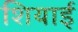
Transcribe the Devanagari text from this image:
शियाई